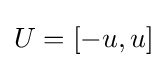
U=[-u,u]